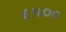
૯૫૦૦